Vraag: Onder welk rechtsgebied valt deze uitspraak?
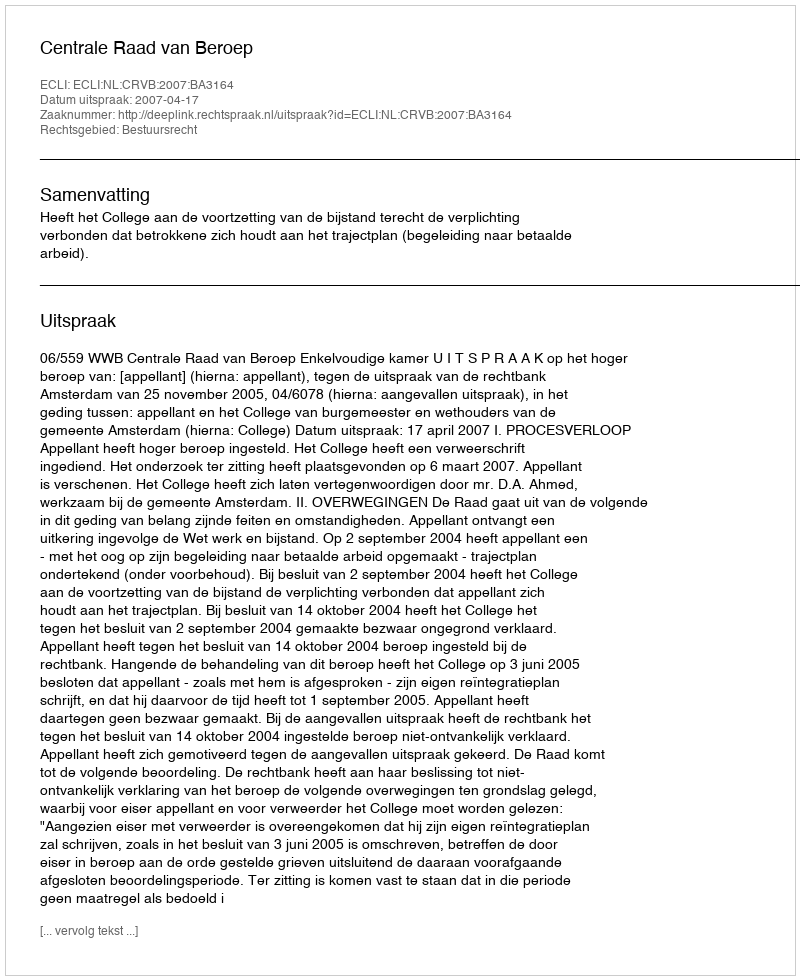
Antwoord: Bestuursrecht